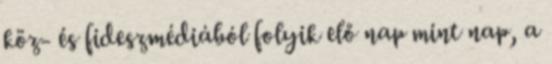
köz- és fideszmédiából folyik elő nap mint nap, a